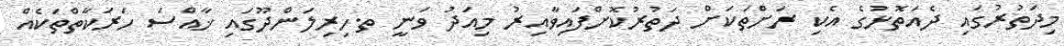
މިދަތުރުގައި ދެއަތޮޅުގެ އެކި ރަށްތަކަށް ދަތުރުކޮށްފައިވާއިރު މިއަދު ވަނީ ތ.ހިރިލަންދޫގައި ޚާއްސަ ހަރަކާތްތަކެއް